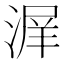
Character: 𰜣